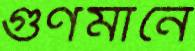
গুণমানে